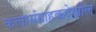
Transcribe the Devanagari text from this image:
कलासंग्राहकदेखील